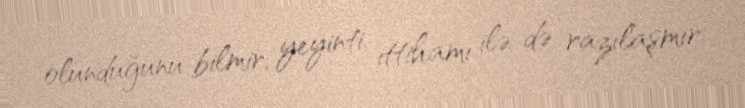
olunduğunu bilmir, yeyinti ittihamı ilə də razılaşmır.